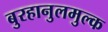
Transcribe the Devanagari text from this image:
बुरहानुलमुल्क